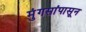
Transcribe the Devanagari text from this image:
मुंगसांपासून